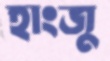
হাংজু